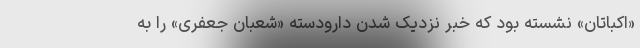
«اکباتان» نشسته بود که خبر نزدیک شدن دارودسته «شعبان جعفری» را به